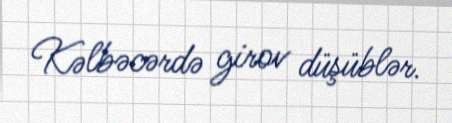
Kəlbəcərdə girov düşüblər.